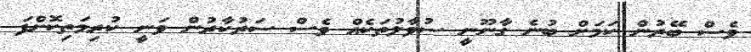
ވެސް ބޭރުން ކަމަށް ބުނެ ގާނޫނީ ސުވާލުތަކެއް ވެސް ސަރުކާރުން ވަނީ ކުރިމަތިކޮށްފަ